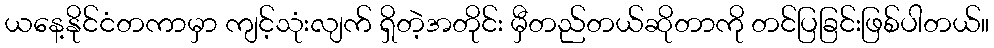
ယနေ့နိုင်ငံတကာမှာ ကျင့်သုံးလျက် ရှိတဲ့အတိုင်း မှီတည်တယ်ဆိုတာကို တင်ပြခြင်းဖြစ်ပါတယ်။